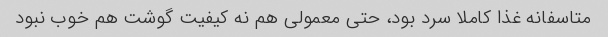
متاسفانه غذا کاملا سرد بود، حتی معمولی هم نه کیفیت گوشت هم خوب نبود